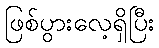
ဖြစ်ပွားလေ့ရှိပြီး